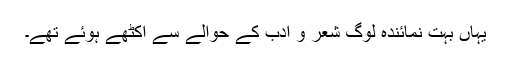
یہاں بہت نمائندہ لوگ شعر و ادب کے حوالے سے اکٹھے ہوئے تھے۔